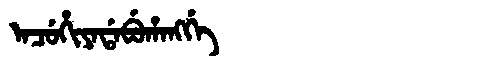
Manchu: ᠠᠴᡠᡥᡳᠶᠠᡩᠠᠪᡠᡥᠠᠩᡤᡝ
Romanization: ACUHIYADABUHANGGE